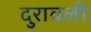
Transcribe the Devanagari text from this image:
दुरावली